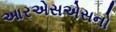
આરએસએસનો